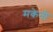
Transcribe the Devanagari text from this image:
मकेनी